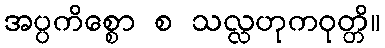
အပ္ပကိစ္စော စ သလ္လဟုကဝုတ္တိ။